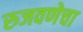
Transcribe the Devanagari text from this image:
रुजवणेचा